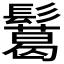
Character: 𩯝